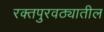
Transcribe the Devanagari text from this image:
रक्तपुरवठ्यातील